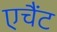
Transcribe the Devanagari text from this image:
एचैंट